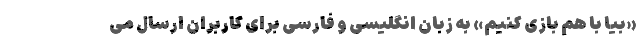
«بیا با هم بازی کنیم» به زبان انگلیسی و فارسی برای کاربران ارسال می